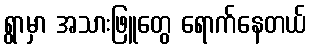
ရွာမှာ အသားဖြူတွေ ရောက်နေတယ်